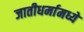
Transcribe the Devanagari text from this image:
जातीधर्मामध्ये